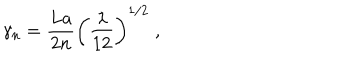
LaTeX: \gamma _ { n } = \frac { L a } { 2 n } \left( \frac { \lambda } { 1 2 } \right) ^ { 1 / 2 } \; ,